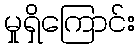
မှုရှိကြောင်း